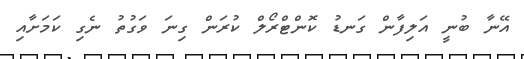
އޭނާ ބުނީ އަލިފާން ގަނޑު ކޮންޓްރޯލް ކުރަން ގިނަ ވަގުތު ނެގި ކަމަށާއި